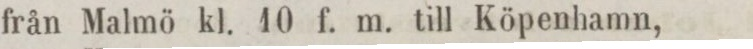
från Malmö kl. 10 f. m. till Köpenhamn,